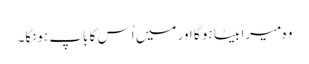
وہ میرا بیٹا ہو گا اور میں اُس کا باپ ہونگا۔